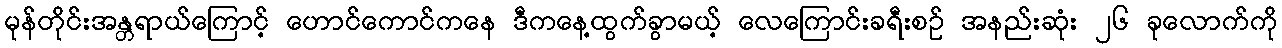
မုန်တိုင်းအန္တရာယ်ကြောင့် ဟောင်ကောင်ကနေ ဒီကနေ့ထွက်ခွာမယ့် လေကြောင်းခရီးစဉ် အနည်းဆုံး ၂၆ ခုလောက်ကို